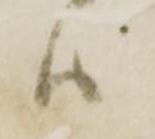
ハ